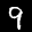
Label: 9